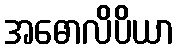
အဓောလိပိယာ